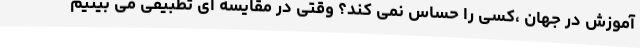
آموزش در جهان ،کسی را حساس نمی کند؟ وقتی در مقایسه ای تطبیقی می بینیم